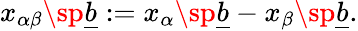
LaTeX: x_{\alpha\beta}\sp{\underline{{{b}}}}:=x_{\alpha}\sp{\underline{{{b}}}}-x_{\beta}\sp{\underline{{{b}}}}.